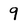
Character: 9